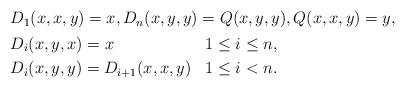
LaTeX: \begin{align*} \begin{aligned} & D_1(x,x,y) = x, D_n(x,y,y) = Q(x,y,y), Q(x,x,y) = y, \\ & \begin{aligned} & D_i(x,y,x) = x & & 1\leq i\leq n, \\ & D_i(x,y,y) = D_{i+1}(x,x,y) & & 1\leq i<n. \end{aligned}\end{aligned} \end{align*}